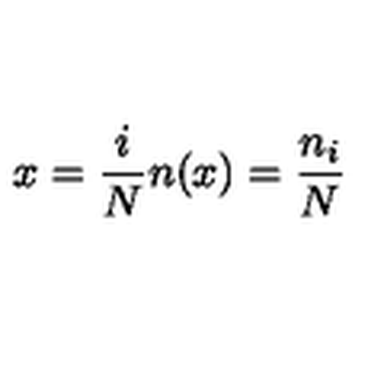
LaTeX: x = \frac { i } { N } n ( x ) = \frac { n _ { i } } { N }